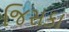
જિસકા